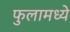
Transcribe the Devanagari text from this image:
फुलामध्ये